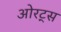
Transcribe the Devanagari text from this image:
ओरट्स